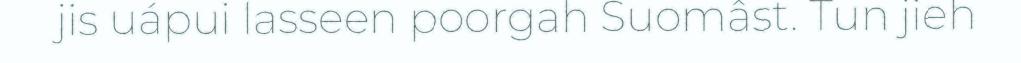
jis uápui lasseen poorgah Suomâst. Tun jieh